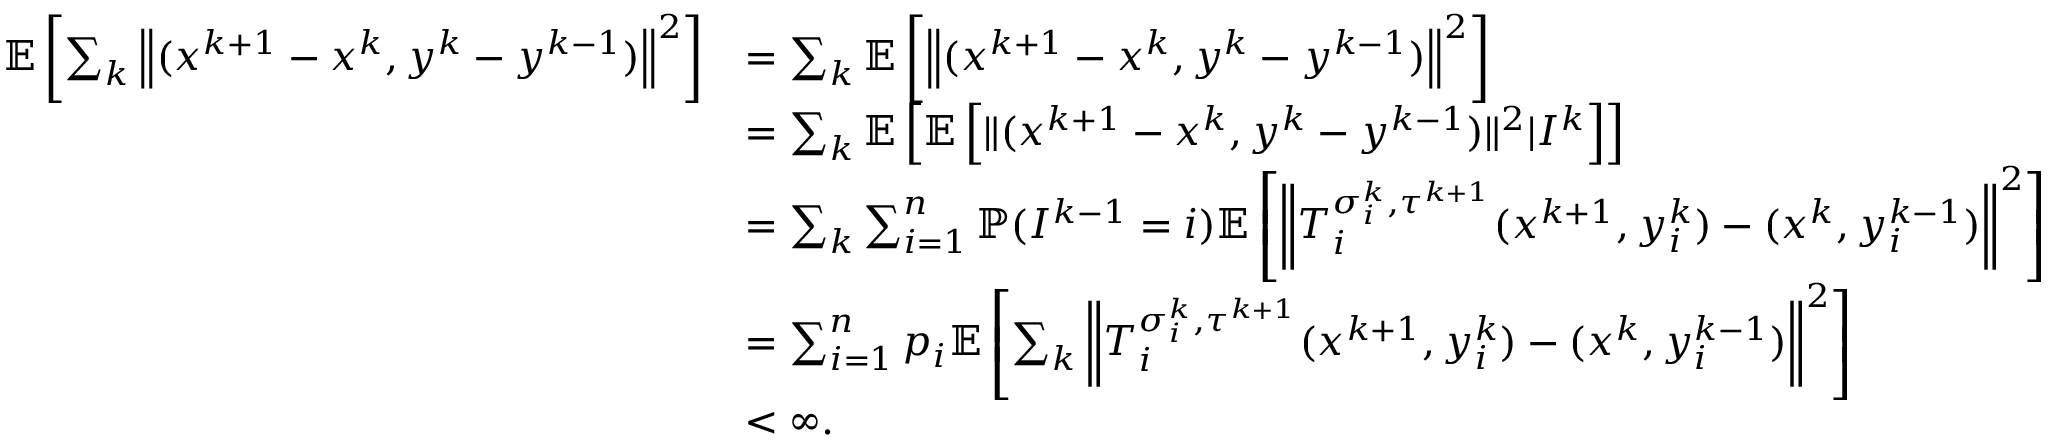
\begin{array} { r l } { \mathbb { E } \left[ \sum _ { k } \left\| ( x ^ { k + 1 } - x ^ { k } , y ^ { k } - y ^ { k - 1 } ) \right\| ^ { 2 } \right] } & { = \sum _ { k } \mathbb { E } \left[ \left\| ( x ^ { k + 1 } - x ^ { k } , y ^ { k } - y ^ { k - 1 } ) \right\| ^ { 2 } \right] } \\ & { = \sum _ { k } \mathbb { E } \left[ \mathbb { E } \left[ \| ( x ^ { k + 1 } - x ^ { k } , y ^ { k } - y ^ { k - 1 } ) \| ^ { 2 } | I ^ { k } \right] \right] } \\ & { = \sum _ { k } \sum _ { i = 1 } ^ { n } \mathbb { P } ( I ^ { k - 1 } = i ) \mathbb { E } \left[ \left\| T _ { i } ^ { \sigma _ { i } ^ { k } , \tau ^ { k + 1 } } ( x ^ { k + 1 } , y _ { i } ^ { k } ) - ( x ^ { k } , y _ { i } ^ { k - 1 } ) \right\| ^ { 2 } \right] } \\ & { = \sum _ { i = 1 } ^ { n } p _ { i } \mathbb { E } \left[ \sum _ { k } \left\| T _ { i } ^ { \sigma _ { i } ^ { k } , \tau ^ { k + 1 } } ( x ^ { k + 1 } , y _ { i } ^ { k } ) - ( x ^ { k } , y _ { i } ^ { k - 1 } ) \right\| ^ { 2 } \right] } \\ & { < \infty . } \end{array}